Vaccination in Bombay 1863-1868 - 1863-1868
Year: 1863
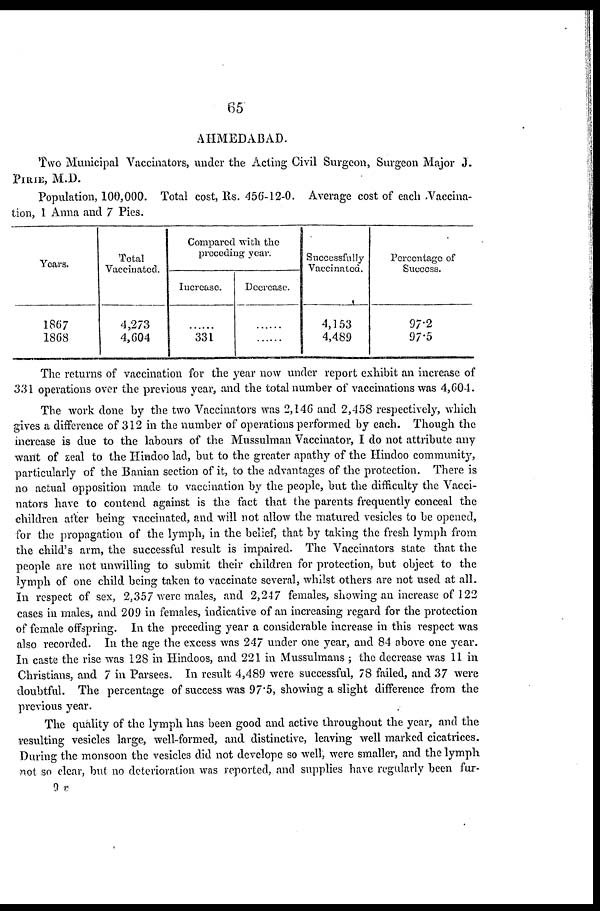
65
AHMEDABAD.
Two Municipal Vaccinators, under the Acting Civil Surgeon, Surgeon Major J.
PIRIE, M.D.
Population, 100,000. Total cost, Rs. 456-12-0. Average cost of each Vaccina-
tion, 1 Anna and 7 Pies.
Years.
1867
1868
Total
Vaccinated.
4,273
4,604
Compared with the
preceding year.
Increase.
......
331
Decrease.
......
......
Successfully
Vaccinated.
4,153
4,489
Percentage of
Success.
97.2
97.5
The returns of vaccination for the year now under report exhibit an increase of
331 operations over the previous year, and the total number of vaccinations was 4,604.
The work done by the two Vaccinators was 2,146 and 2,458 respectively, which
gives a difference of 312 in the number of operations performed by each. Though the
increase is due to the labours of the Mussulman Vaccinator, I do not attribute any
want of zeal to the Hindoo lad, but to the greater apathy of the Hindoo community,
particularly of the Banian section of it, to the advantages of the protection. There is
no actual opposition made to vaccination by the people, but the difficulty the Vacci-
nators have to contend against is the fact that the parents frequently conceal the
children after being vaccinated, and will not allow the matured vesicles to be opened,
for the propagation of the lymph, in the belief, that by taking the fresh lymph from
the child's arm, the successful result is impaired. The Vaccinators state that the
people are not unwilling to submit their children for protection, but object to the
lymph of one child being taken to vaccinate several, whilst others are not used at all.
In respect of sex, 2,357 were males, and 2,247 females, showing an increase of 122
cases in males, and 209 in females, indicative of an increasing regard for the protection
of female offspring. In the preceding year a considerable increase in this respect was
also recorded. In the age the excess was 247 under one year, and 84 above one year.
In caste the rise was 128 in Hindoos, and 221 in Mussulmans ; the decrease was 11 in
Christians, and 7 in Parsees. In result 4,489 were successful, 78 failed, and 37 were
doubtful. The percentage of success was 97.5, showing a slight difference from the
previous year.
The quality of the lymph has been good and active throughout the year, and the
resulting vesicles large, well-formed, and distinctive, leaving well marked cicatrices.
During the monsoon the vesicles did not develope so well, were smaller, and the lymph
not so clear, but no deterioration was reported, and supplies have regularly been fur-
9 v